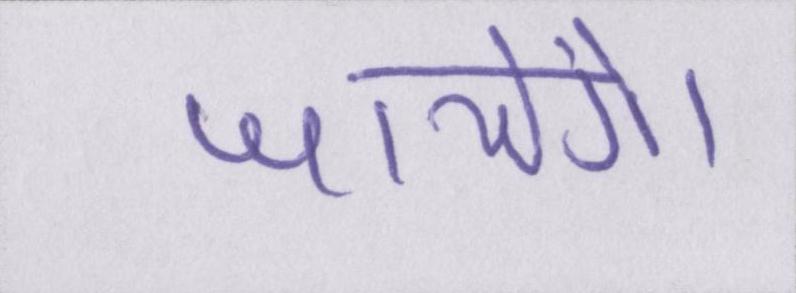
जायेंगे।